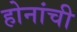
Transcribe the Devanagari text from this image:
होनांची